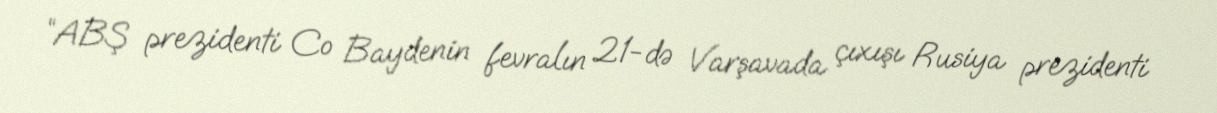
“ABŞ prezidenti Co Baydenin fevralın 21-də Varşavada çıxışı Rusiya prezidenti